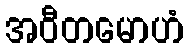
အဝီတမောဟံ